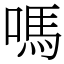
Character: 嗎